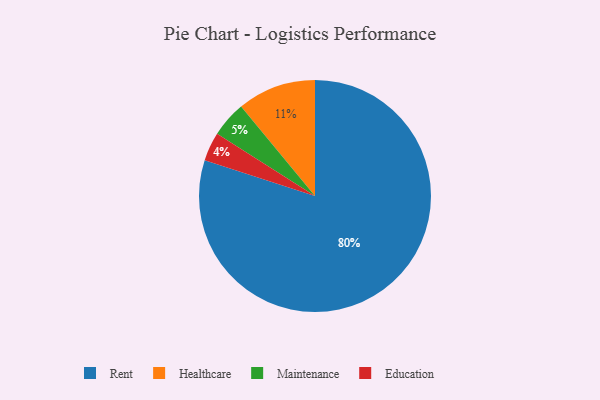
{"axis": {"x": "Category", "y": "Percentage"}, "legend": ["Education", "Healthcare", "Maintenance", "Rent"], "data": [{"x": "Healthcare", "y": 11, "type": "Healthcare"}, {"x": "Rent", "y": 80, "type": "Rent"}, {"x": "Maintenance", "y": 5, "type": "Maintenance"}, {"x": "Education", "y": 4, "type": "Education"}]}